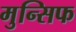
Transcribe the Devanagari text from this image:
मुन्सिफ